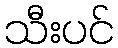
သီးပင်